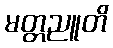
မတ္တညူတိ